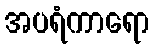
အပရံကာရော